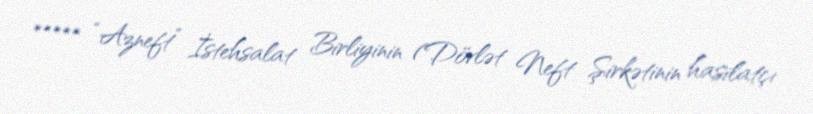
***** “Azneft” İstehsalat Birliyinin (Dövlət Neft Şirkətinin hasilatçı